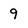
Character: 9